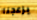
يزعجنا